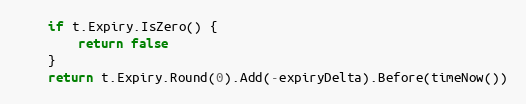
Language: Go
	if t.Expiry.IsZero() {
		return false
	}
	return t.Expiry.Round(0).Add(-expiryDelta).Before(timeNow())